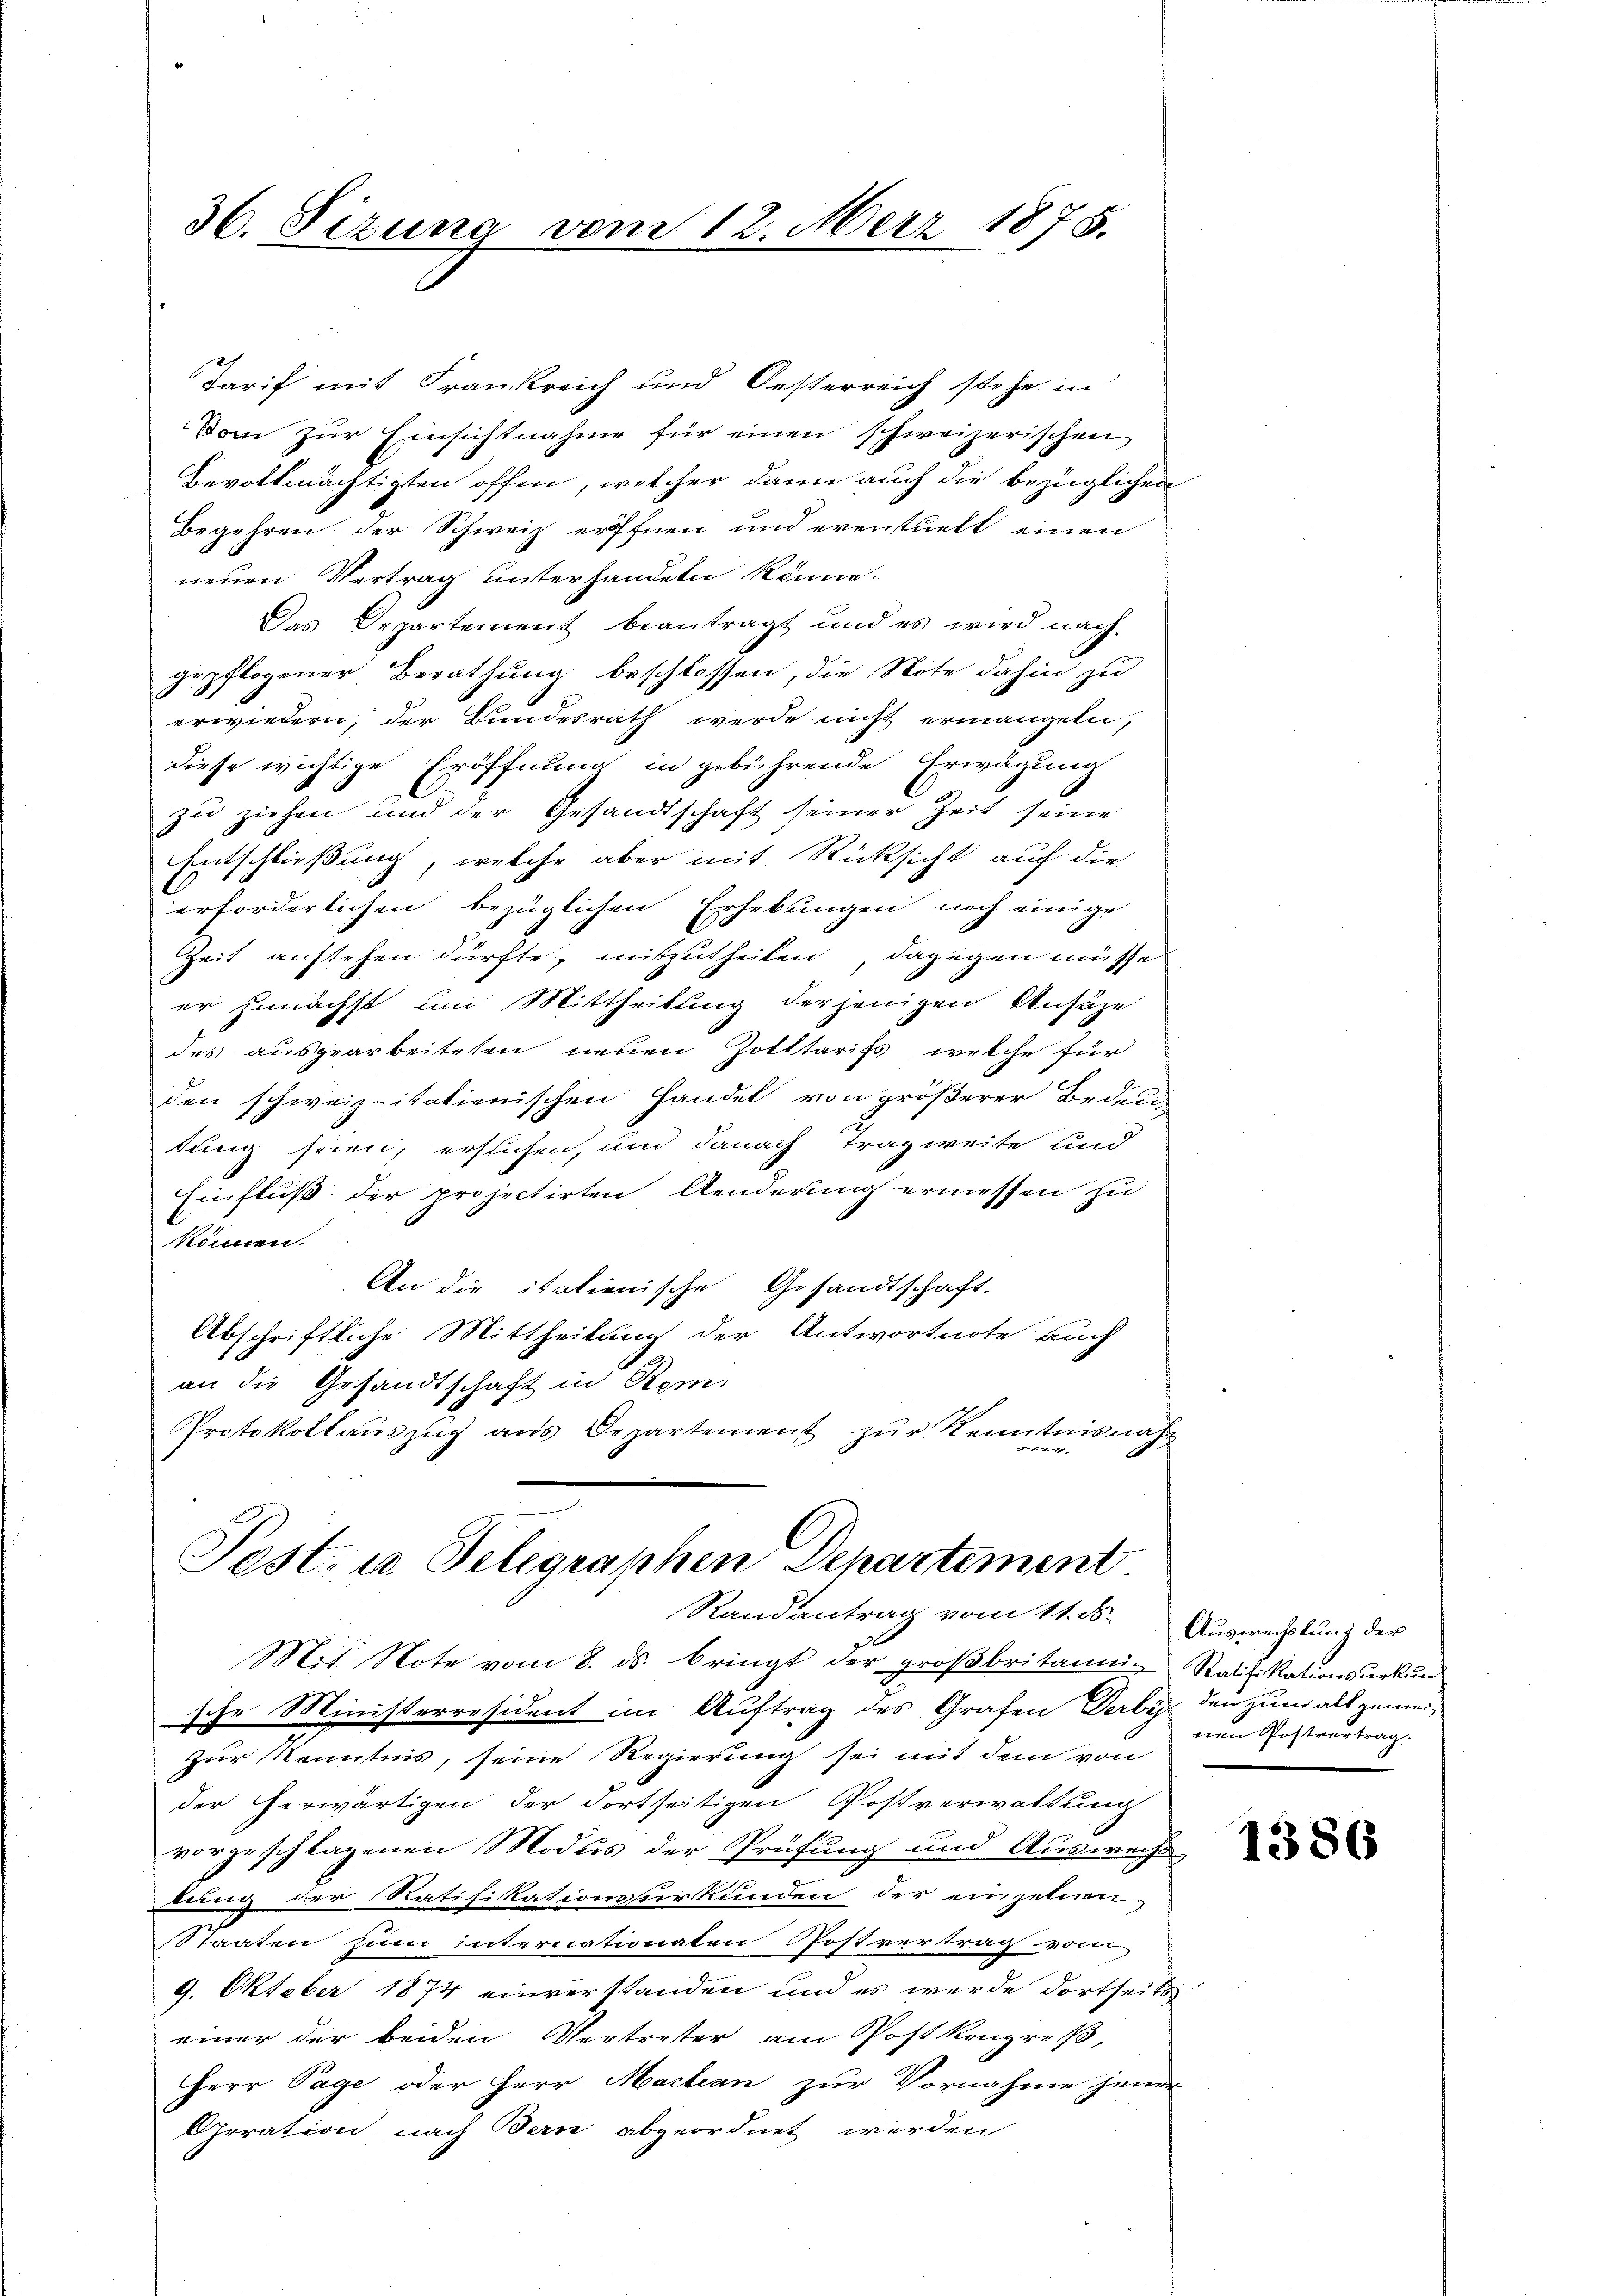
Tarif mit Frankreich und Oesterreich stehe in
Vom zur Einsichtnahme für einen schweizerischen
Bevollmächtigten offen, welcher dann auch die bezüglichen
Begehren der Schweiz eröffnen und eventuelt einen
neuen Vertrag unterhandeln könne.
Das Departement beantragt und es wird nach
gepflogener Berathung beschlossen, die Note dahin zu
erwiedern, der Bundesrath werde nicht ermangeln,
diese wichtige Eröffnung in gebührende Erwägung
zu ziehen und der Gesandtschaft seiner Zeit seine
Entschließung, welche aber mit Rücksicht auf die
erforderlichen bezüglichen Erhebungen noch einige
Zeit anstehen dürfte, mitzutheilen, dagegen müsse
er zunächst um Mittheilung derjenigen Ansäze
des ausgearbeiteten neuen Zotttarifs, welche für
den schweizitatienischen Handel von größerer Bedeu-
tung seien, erstichen, und danach Tragweite und
Einfluß der projectirten Aenderung ermessen zu
können.
An die italienische Gesandtschaft.
Abschriftliche Mittheilung der Antwortnote Buch
an die Gesandtschaft in Remi
Protokollauszug aus Departement zur Kenntnisnah
1

36. Sizung vom 12. März 1875.

Pest. u. Telegraphen Departement.
Randantrag vom 11. d. Auswechslung der

Mit Note vom 8. ds. bringt der großbritanni- Ratifikationsurkun
sche Ministerresident im Auftrag des Grafen Serbey den zum alt gemei¬
Zur Kenntnis, seine Regierung sei mit dem von
der herwärtigen der Fortseitigen Postverwaltung
vorgeschlagenen Modus der Prüfung und Auswechs
tung der Ratifikationsurkunden der einzelnen
SStaaten zum internationaten Postvertrag vom
9. Oktober 1874 einverstanden und es werde dortseits-
einer der beiden Vertreter am Postkongreß,
Herr Tage oder Herr Mactan zur Vornahme jener
Operation, nach Bern abgeordnet werden

nen Postvertrag.

1386